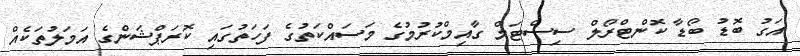
އަގު ބޮޑު ބޯޑާ ކޮންޓްރޯލް ސިސްޓަމް ގާއިމްކުރުމުގެ މަސައްކަތުގެ ފަހަތުގައި ކޮރަޕްޝަންގެ އަމަލުތަކެއް